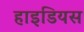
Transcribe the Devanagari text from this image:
हाइडियस